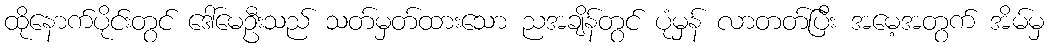
ထိုနောက်ပိုင်းတွင် ဒေါ်မေဦးသည် သတ်မှတ်ထားသော ညအချိန်တွင် ပုံမှန် လာတတ်ပြီး အမေ့အတွက် အိမ်မှ